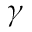
\gamma